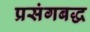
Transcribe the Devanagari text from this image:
प्रसंगबद्ध